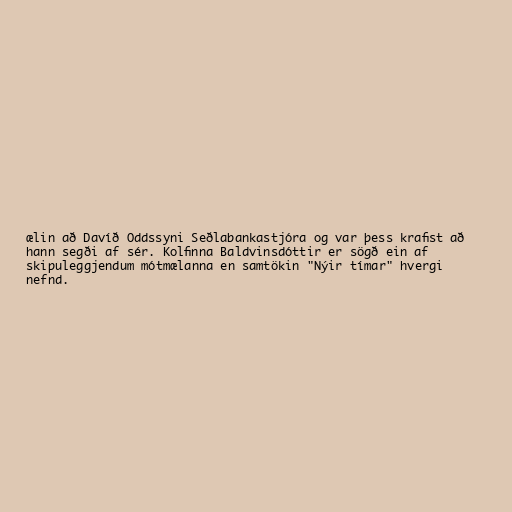
ælin að Davíð Oddssyni Seðlabankastjóra og var þess krafist að
hann segði af sér. Kolfinna Baldvinsdóttir er sögð ein af
skipuleggjendum mótmælanna en samtökin "Nýir tímar" hvergi
nefnd.